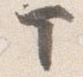
マ